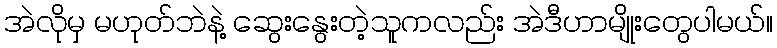
အဲလိုမှ မဟုတ်ဘဲနဲ့ ဆွေးနွေးတဲ့သူကလည်း အဲဒီဟာမျိုးတွေပါမယ်။